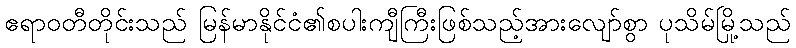
ဧရာဝတီတိုင်းသည် မြန်မာနိုင်ငံ၏စပါးကျီကြီးဖြစ်သည့်အားလျော်စွာ ပုသိမ်မြို့သည်